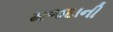
મજદાની